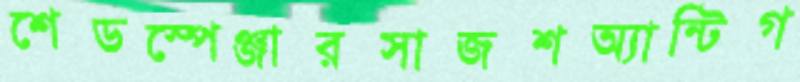
শেডস্পেঞ্জারসাজশঅ্যান্টিগ